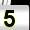
Digit: 5